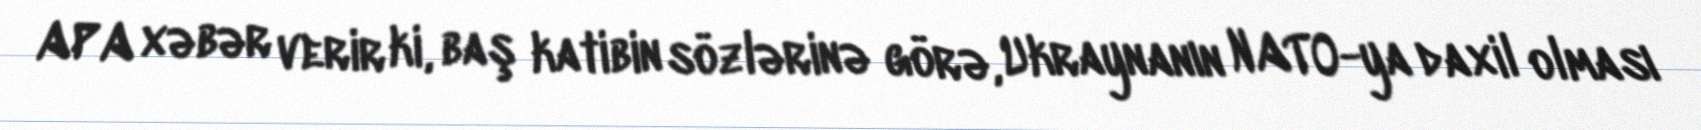
APA xəbər verir ki, baş katibin sözlərinə görə, Ukraynanın NATO-ya daxil olması